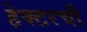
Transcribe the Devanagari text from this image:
हेक्टरची